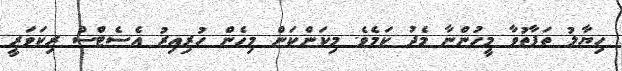
ހިޔާލު ތަފާތުވާ މީހުންނާ މެދު ކަމެވެ. މިކަންކަން މިހެން ހުރިއިރު އެސެޓްސް ރިކަވަރީ